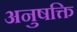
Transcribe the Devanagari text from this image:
अनुषक्ति